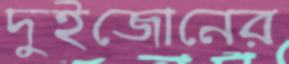
দুইজোনের